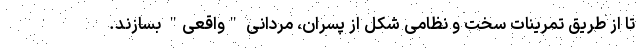
تا از طریق تمرینات سخت و نظامی شکل از پسران، مردانی "واقعی" بسازند.